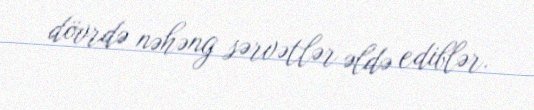
dövrdə nəhəng sərvətlər əldə ediblər.